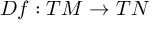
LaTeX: D f : T M \rightarrow T N